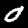
Digit: 0